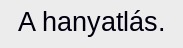
A hanyatlás.